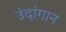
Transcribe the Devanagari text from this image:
उंदांगान